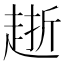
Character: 𧻸